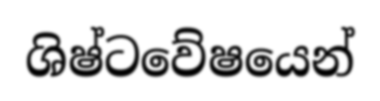
ශිෂ්ටවේෂයෙන්